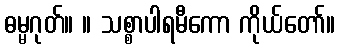
ဓမ္မဂုတ်။ ။ သစ္စာပါရမီကော ကိုယ်တော်။